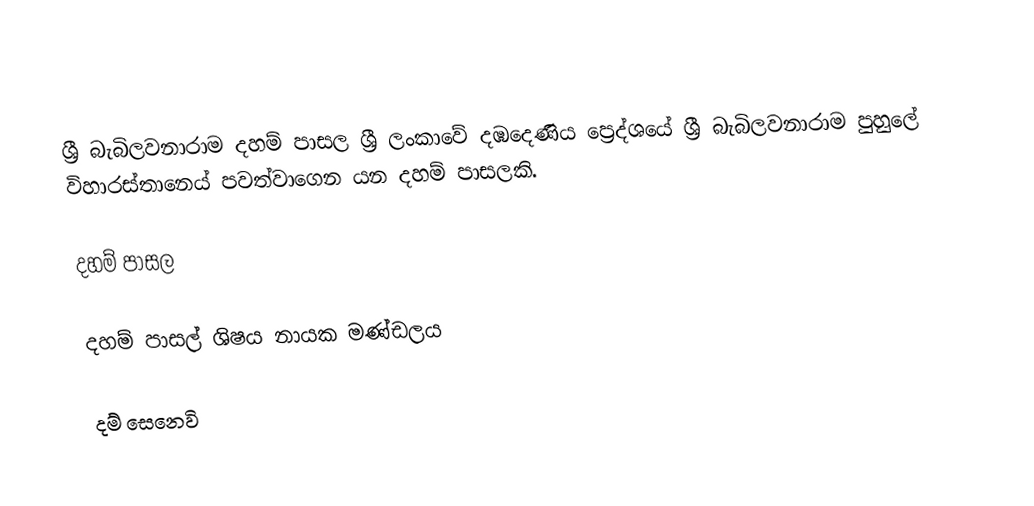
ශ්‍රී බැබිලවනාරාම දහම් පාසල  ශ්‍රී ලංකාවේ දඹදෙණිය ප්‍රෙද්ශයේ ශ්‍රී බැබිලවනාරාම පුහුලේ විහාරස්තානෙය් පවත්වාගෙන යන දහම් පාසලකි.

දහම් පාසල

දහම් පාසල් ශිෂය නායක මණ්ඩලය

දම් සෙනෙවි